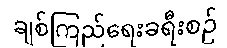
ချစ်ကြည်ရေးခရီးစဉ်